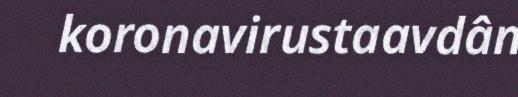
koronavirustaavdân